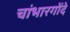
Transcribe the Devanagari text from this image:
चांभारगोंदे